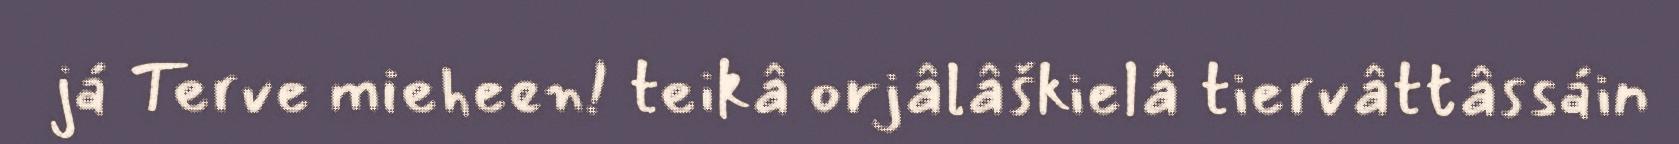
já Terve mieheen! teikâ orjâlâškielâ tiervâttâssáin